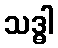
သဒ္ဓါ